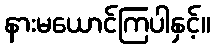
နားမယောင်ကြပါနှင့်။